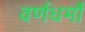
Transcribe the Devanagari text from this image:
वर्णधर्मों